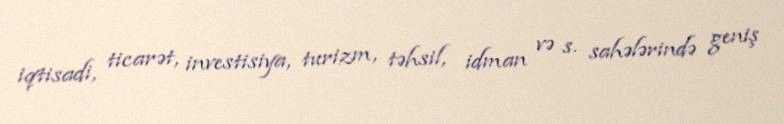
iqtisadi, ticarət, investisiya, turizm, təhsil, idman və s. sahələrində geniş